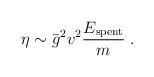
LaTeX: \begin{align*}\eta\sim\bar{g}^2 v^2 \frac{E_{{\rm spent}}}{m} \; .\end{align*}